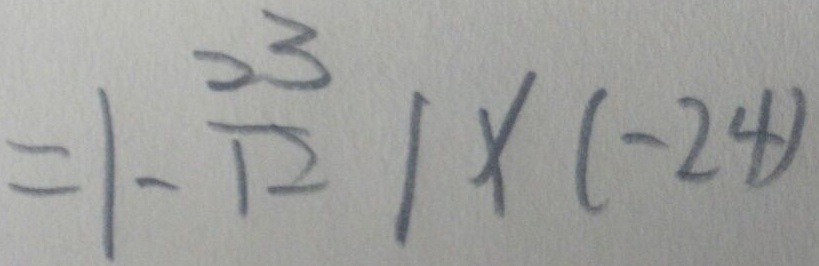
= \vert - \frac { 3 3 } { 1 2 } \vert \times ( - 2 4 )